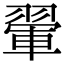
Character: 翬